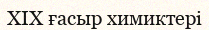
XIX ғасыр химиктері